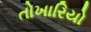
તોખારિયો